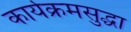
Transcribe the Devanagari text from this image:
कार्यक्रमसुद्धा